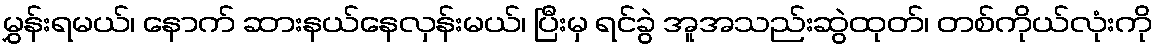
မွှန်းရမယ်၊ နောက် ဆားနယ်နေလှန်းမယ်၊ ပြီးမှ ရင်ခွဲ အူအသည်းဆွဲထုတ်၊ တစ်ကိုယ်လုံးကို